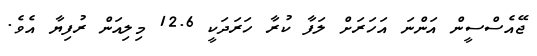
ޖޭއެސްސީން އަންނަ އަހަރަށް ލަފާ ކުރާ ހަރަދަކީ 12.6 މިލިއަން ރުފިޔާ އެވެ.